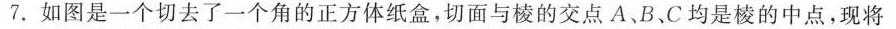
7.如图是一个切去了一个角的正方体纸盒，切面与棱的交点A、B、C均是棱的中点，现将